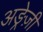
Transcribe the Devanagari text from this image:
अङ्रेज़ी